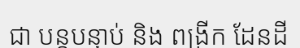
ជា បន្តបន្ទាប់ និង ពង្រីក ដែនដី